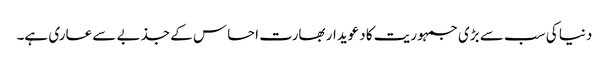
دنیا کی سب سے بڑی جمہوریت کا دعویدار بھارت احساس کے جذبے سے عاری ہے۔